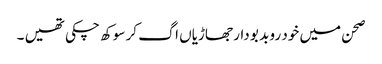
صحن میں خود رو بد بو دار جھاڑیاں اگ کر سوکھ چکی تھیں ۔